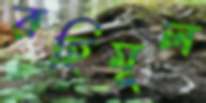
রহিমূল